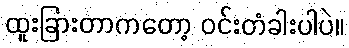
ထူးခြားတာကတော့ ဝင်းတံခါးပါပဲ။